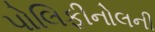
પોલિફીનોલની